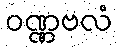
ဝဏ္ဏဗလံ